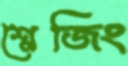
শ্লেজিং